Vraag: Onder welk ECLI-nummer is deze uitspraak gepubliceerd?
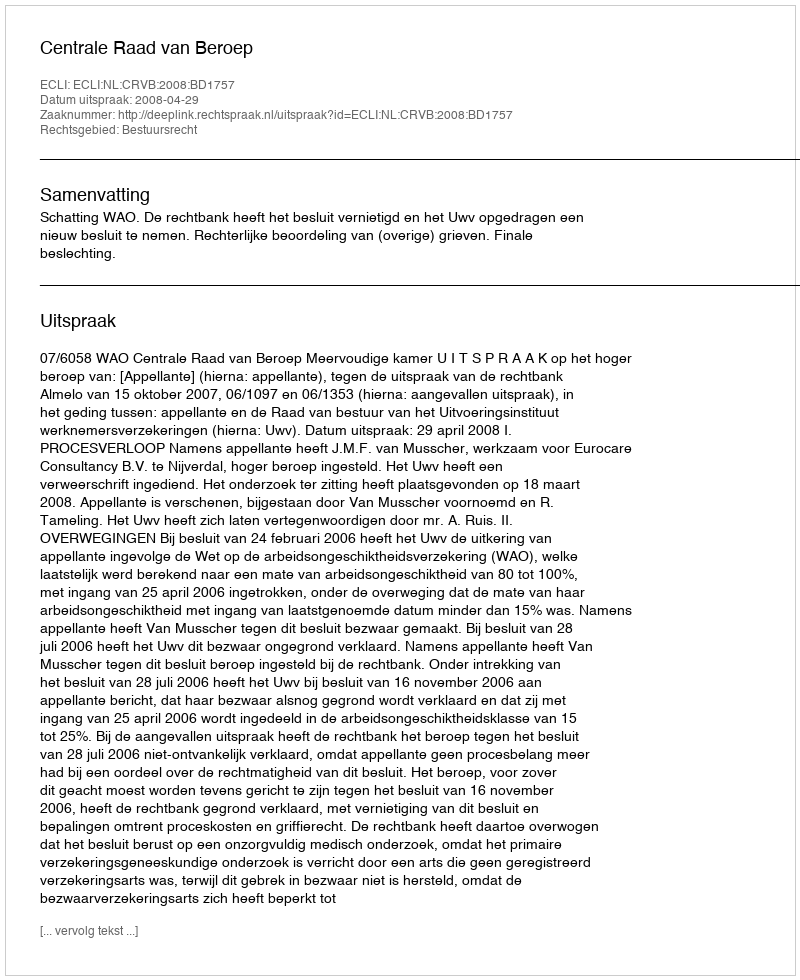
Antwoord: ECLI:NL:CRVB:2008:BD1757